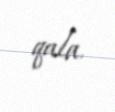
qala.